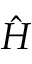
\hat { H }